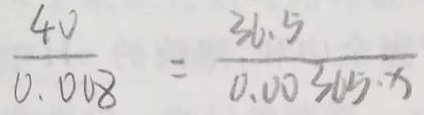
\frac { 4 0 } { 0 . 0 0 8 } = \frac { 3 6 . 5 } { 0 . 0 0 3 0 5 \cdot x }